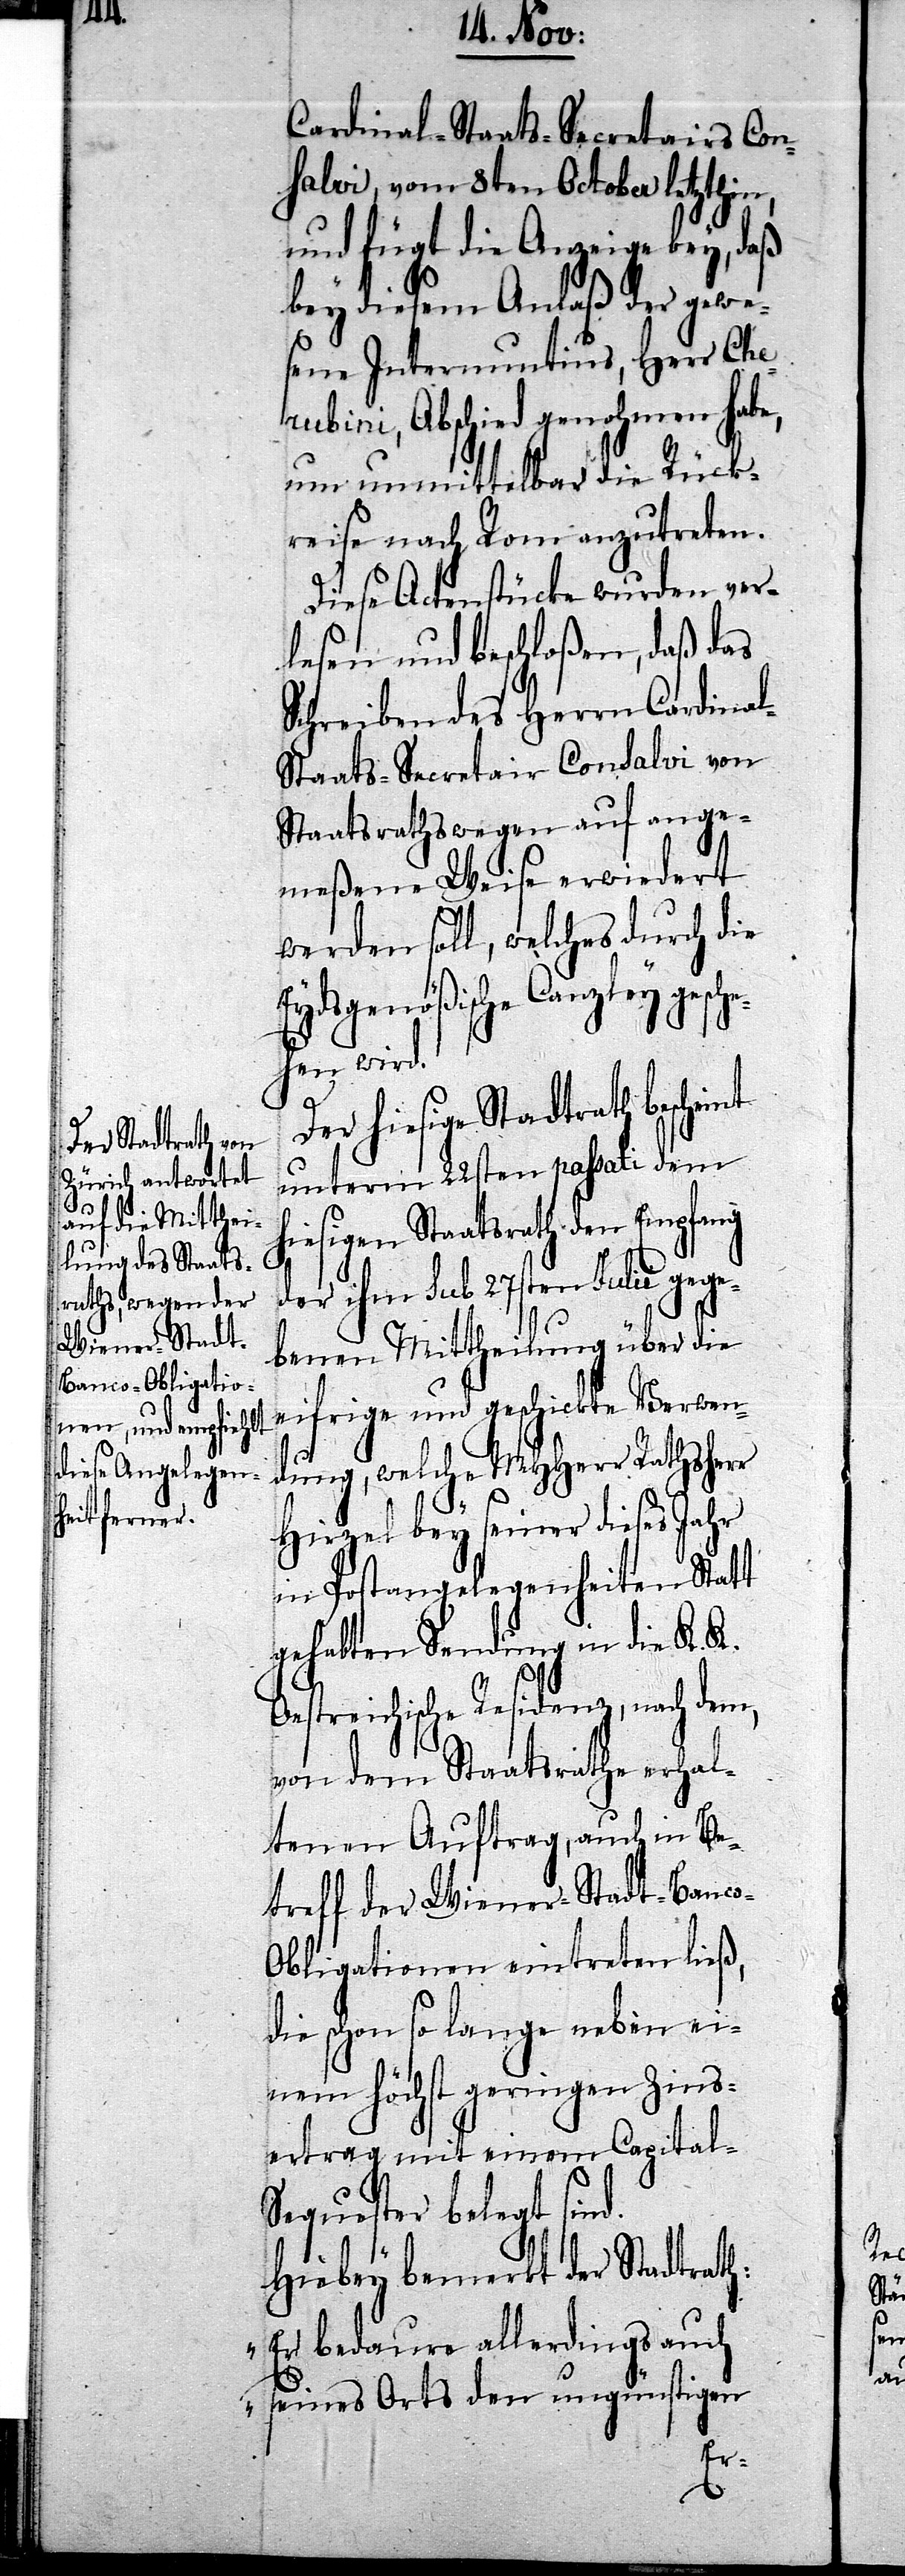
Cardinal-Staats-Secreta¬
irs Con¬
salvi, vom 8ten October letzthin,
und fügt die Anzeige bey, daß
bey diesem Anlaß der gewe¬
sene Internuntius, Herr Cher¬
ubini, Abschied genohmen habe,
um unmittelbar die Rück¬
reise nach Rom anzutreten.
Diese Actenstücke wurden ver¬
lesen und beschloßen, daß das
Schreiben des Herrn Cardina¬
l-Staats-Secretair Consalvi von
Staatsrathswegen auf ange¬
meßene Weise erwiedert
werden soll, welches durch die
Eydsgenößische Canzley gesch¬
ehen wird.
hiesige Stadtrath bescheint
unterm 22sten passati dem
hiesigen Staatsrath den Empfang
der ihm sub 27sten Julii gege¬
benen Mittheilung über die
eifrige und geschickte Verwen¬
dung, welche MHHerr Rathsherr
Hirzel bey seiner dieses Jahr
in Postangelegenheiten Statt
gehabten Sendung in die K. K.
Oestreichische Residenz, nach dem,
von dem Staatsrathe erhal¬
tenen Auftrag, auch in Be¬
treff der Wiener-Stadt-Banc¬
o-Obligationen eintreten ließ,
die schon lange neben ei¬
nem höchst geringen Zins¬
ertrag mit einem Capital-S¬
equester belegt sind.
Hiebey bemerkt der Stadtrath:
„Er bedaure allerdings auch
seines Orts den ungünstigen